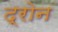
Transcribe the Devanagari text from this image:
द्रोन